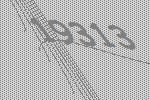
19313